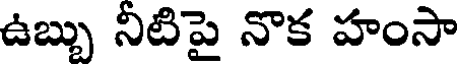
ఉబ్బు నిటిపై నొక హంసా